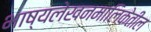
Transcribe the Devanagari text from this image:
भाष्यलेखनमालिकेतील